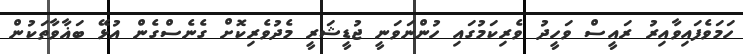
ހަމަވެފައިވާއިރު ރައީސް ވަހީދު ވެރިކަމުގައި ހުންނަވަނީ ޖުޑީޝަރީ މެދުވެރިކޮށް ގެނެސްގެން އުޅޭ ބަޣާވާތަކުން